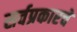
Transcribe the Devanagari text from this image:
सर्वप्रकारचे